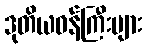
ဒုတိယဝန်ကြီးများ